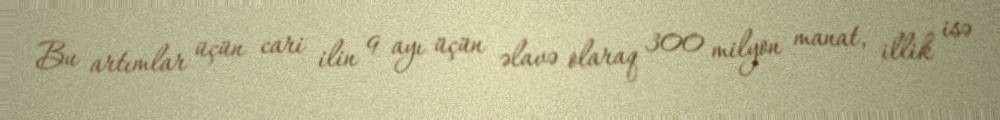
Bu artımlar üçün cari ilin 9 ayı üçün əlavə olaraq 300 milyon manat, illik isə